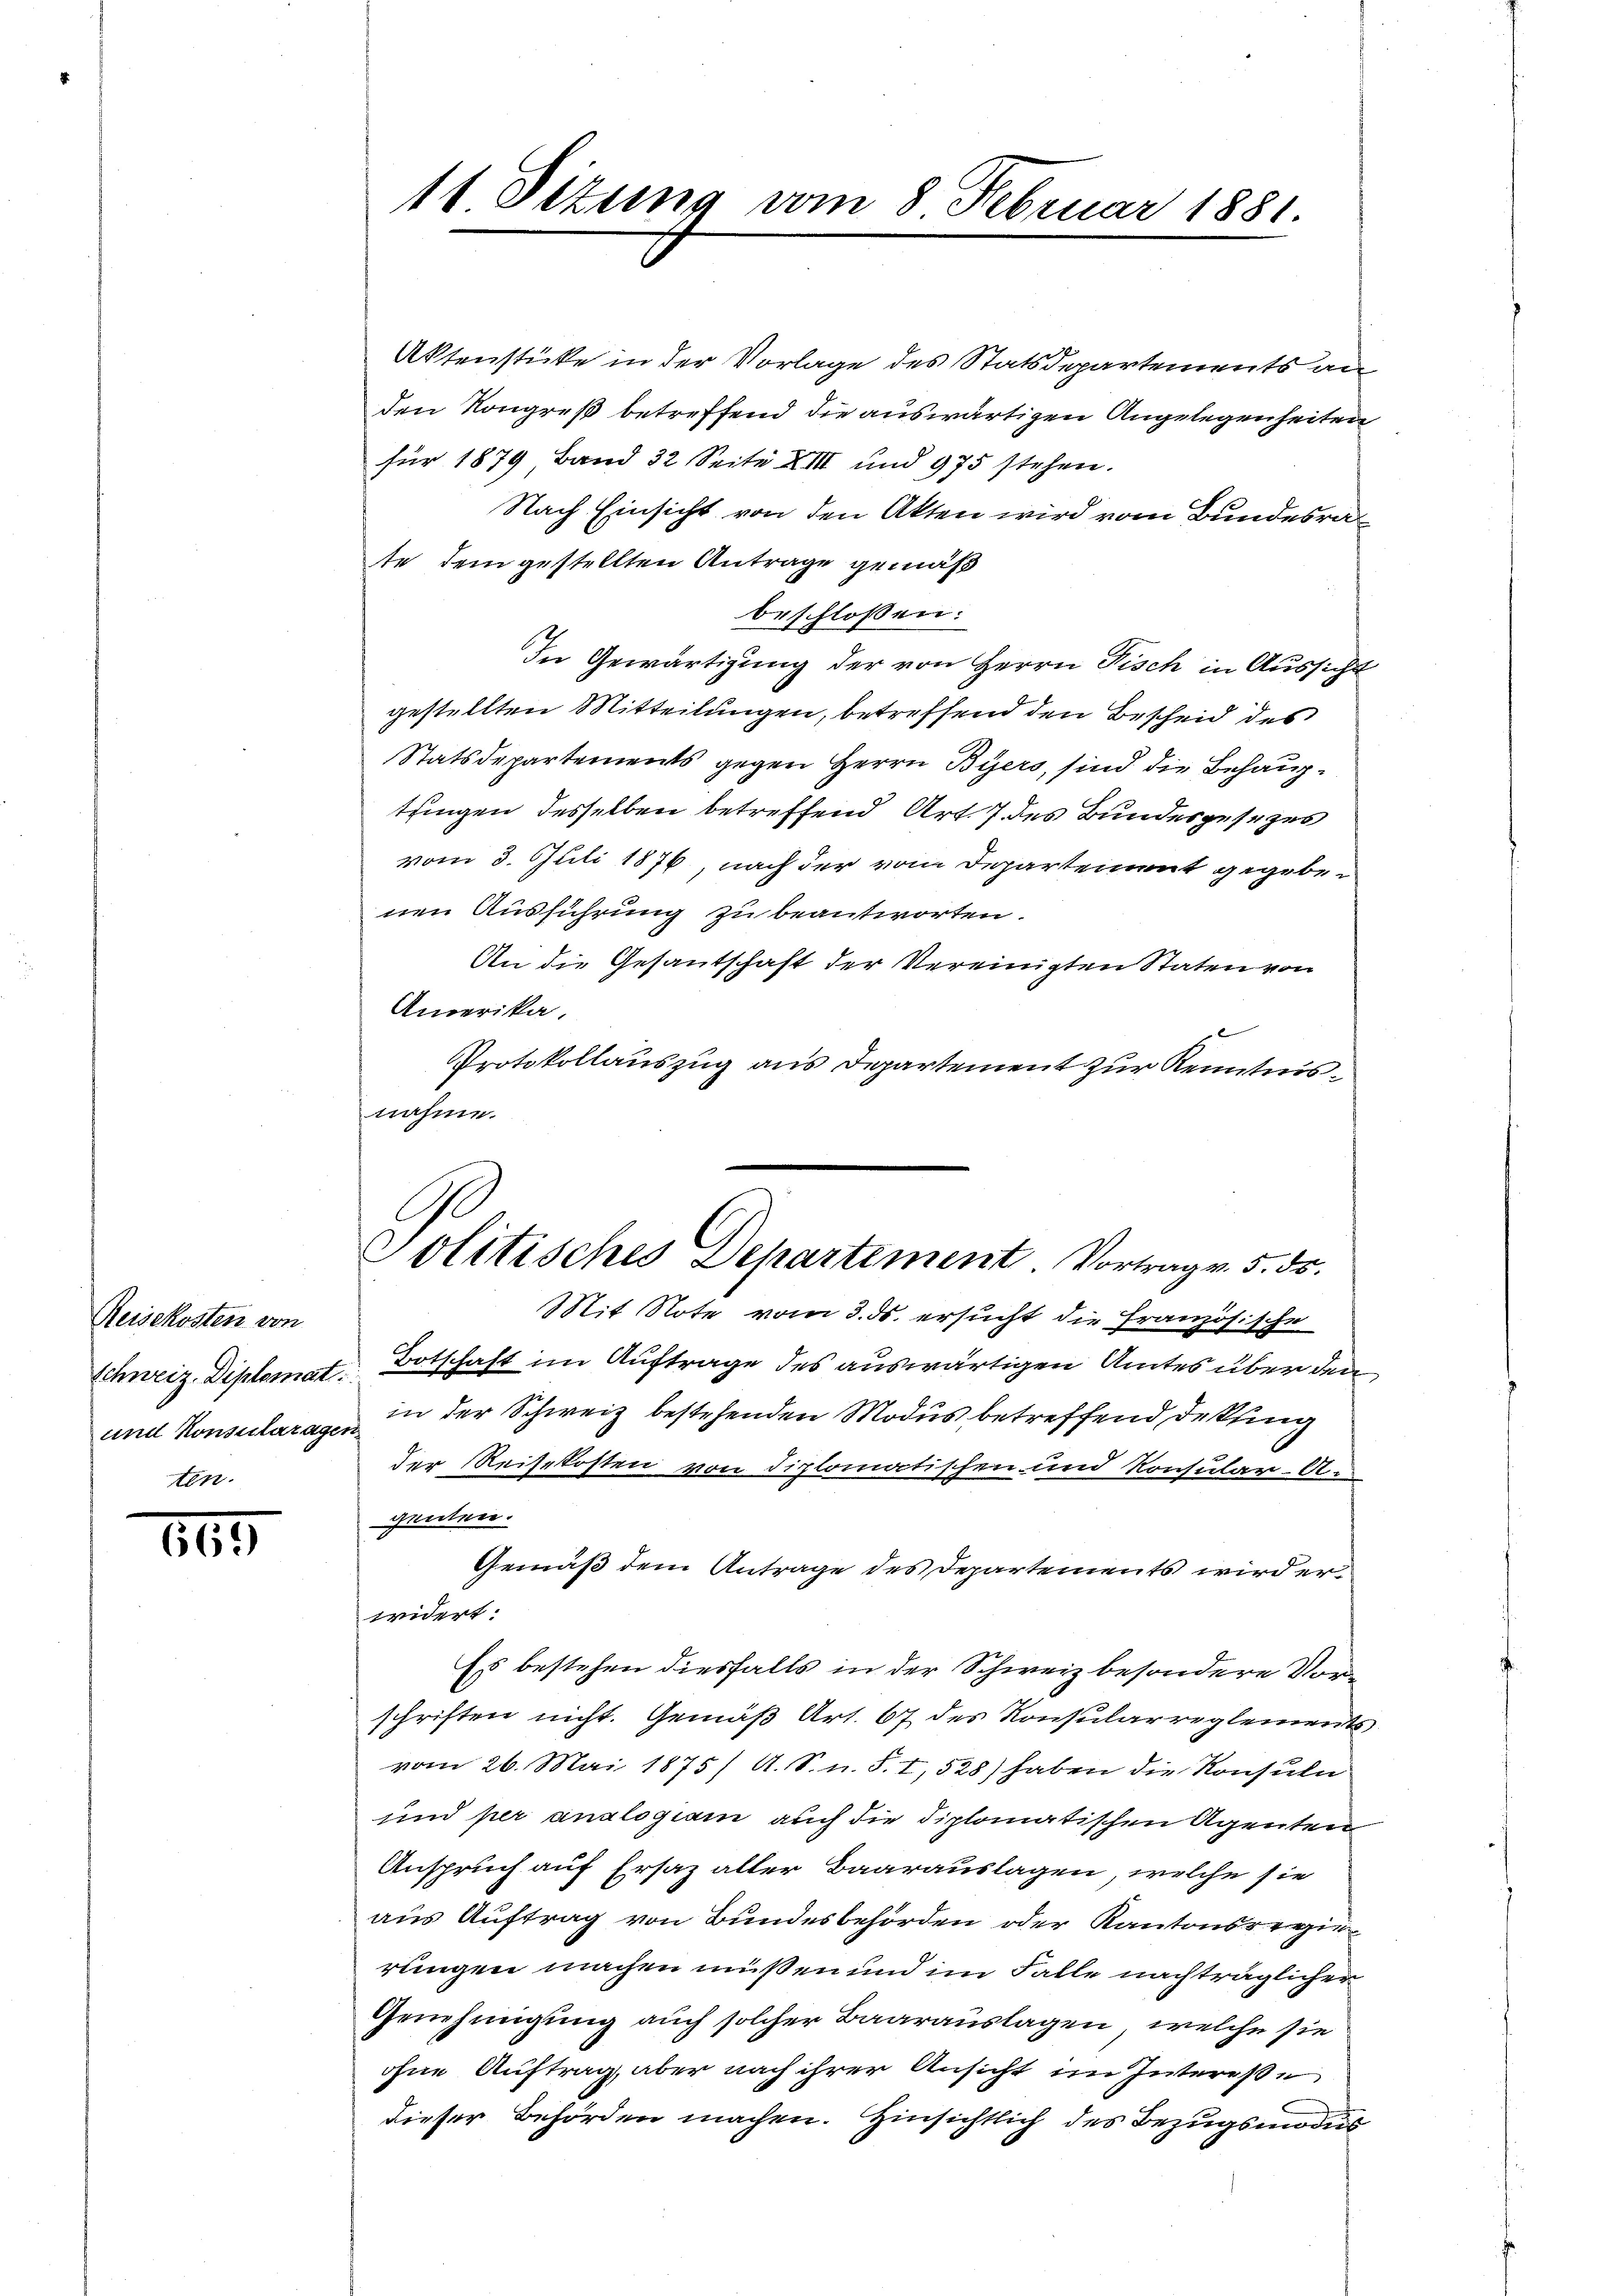
Reisekosten von
ten.

665

Aktenstücke in der Vorlage des Statsdepartements an
den Kongreß betreffend die auswärtigen Angelegenheiten
für 1879 Band 32 Seite XIII und 975 stehen.
Nach Einsicht von den Akten wird vom Bundesra
te dem gestellten Antrage gemäß
beschloßen:
In Gewärtigung der von Herrn Fisch in Aussicht
gestellten Mitteilungen, betreffend den Bescheid des
Statsdepartements gegen Herrn Biers, sind die Behauptzingen desselben betreffend Art. 7 des Bundesgesezes
vom 3. Juli 1876, nach der vom Departement gegebenen Ausführung zu beantworten.
An die Gesantschaft der Vereinigten Staten von
Amerika.
Protokollauszug aus Departement zur Kenntnisnahme.

11 Sitzung vom 8. Februar 1881.

Politisches Departement. Vortrage 5. ds.

Mit Note vom 3. ds. ersucht die Französische
Schweiz. Diplomat Botschaft im Auftrage des auswärtigen Amtes über den
und Konsularagen in der Schweiz bestehenden Modus betreffend Dekling
der Reisekosten von diplomatischen und Konsular-An
gemein.
Gemäß dem Antrage des Departements wird erwidert:
Es bestehen diesfalls in der Schweiz besondere Vorschriften nicht. Gemäß Art. 67 des Konsularreglements
vom 26. Mai 1875/ A. S. n. F. I, 528) haben die Konsuln
und per analogiam auch die diplomatischen Agenten
Anspruch auf Ersaz alter Baarauslagen, welche sie
aus Auftrag von Bundesbehörden oder Kantonsregie
rungen machen müßen und im Falle nachträglicher
Genehmigung auch solcher Baarauslagen, welche sie
ohne Auftrag, aber nach ihrer Ansicht im Interesse
dieser Behörden machen. Hinsichtlich des Bezugsmodus